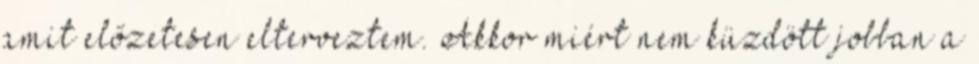
amit előzetesen elterveztem. Akkor miért nem küzdött jobban a